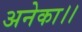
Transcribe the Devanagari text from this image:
अनेका।।